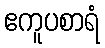
ဧကူပစာရံ